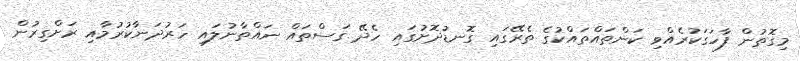
މިގޮތުން ފާހަގަކުރެއްވި ކަންތައްތައްކުގެ ތެރޭގައި ގޮނޑުދޮށުގައި ހެދޭ ގަސްތައް ނައްތާނުލައި ހަރުދަނާކުރުމާއި ރަށްގިރުން